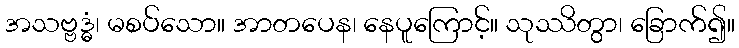
အသဗ္ဗဒ္ဓံ၊ မစပ်သော။ အာတပေန၊ နေပူကြောင့်။ သုဿိတွာ၊ ခြောက်၍။